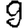
Digit: 9